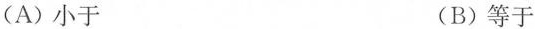
(A)小于 (B)等于